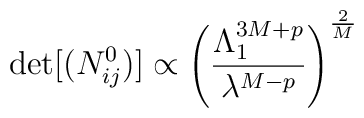
\det[(N^0_{ij})] \propto\left({\Lambda_{1}^{3M+p}\over \lambda^{M-p}}\right)^{2\over M}